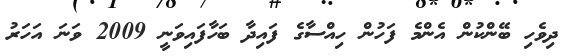
ދިވެހި ބޭންކުން އެންމެ ފަހުން ހިއްސާގެ ފައިދާ ބަހާފައިވަނީ 2009 ވަނަ އަހަރު